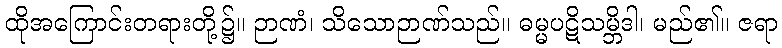
ထိုအကြောင်းတရားတို့၌။ ဉာဏံ၊ သိသောဉာဏ်သည်။ ဓမ္မပဋိသမ္ဘိဒါ၊ မည်၏။ ဇရာ